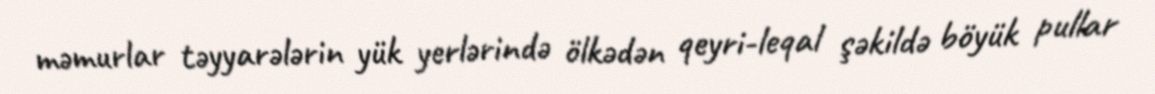
məmurlar təyyarələrin yük yerlərində ölkədən qeyri-leqal şəkildə böyük pullar